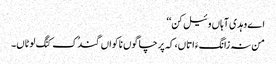
اے وہدی آہاں وئیل کن‘‘
من نہ زانگءَ اتاں، کہ پرچا گوں ناکواں گندُک کنَگ لوٹاں۔